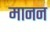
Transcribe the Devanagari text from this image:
मानन